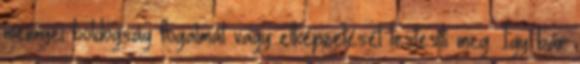
mennyei boldogság fogalmát vagy elképzelését testesíti meg. Így bár